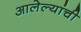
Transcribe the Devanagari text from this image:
आलेल्यांची